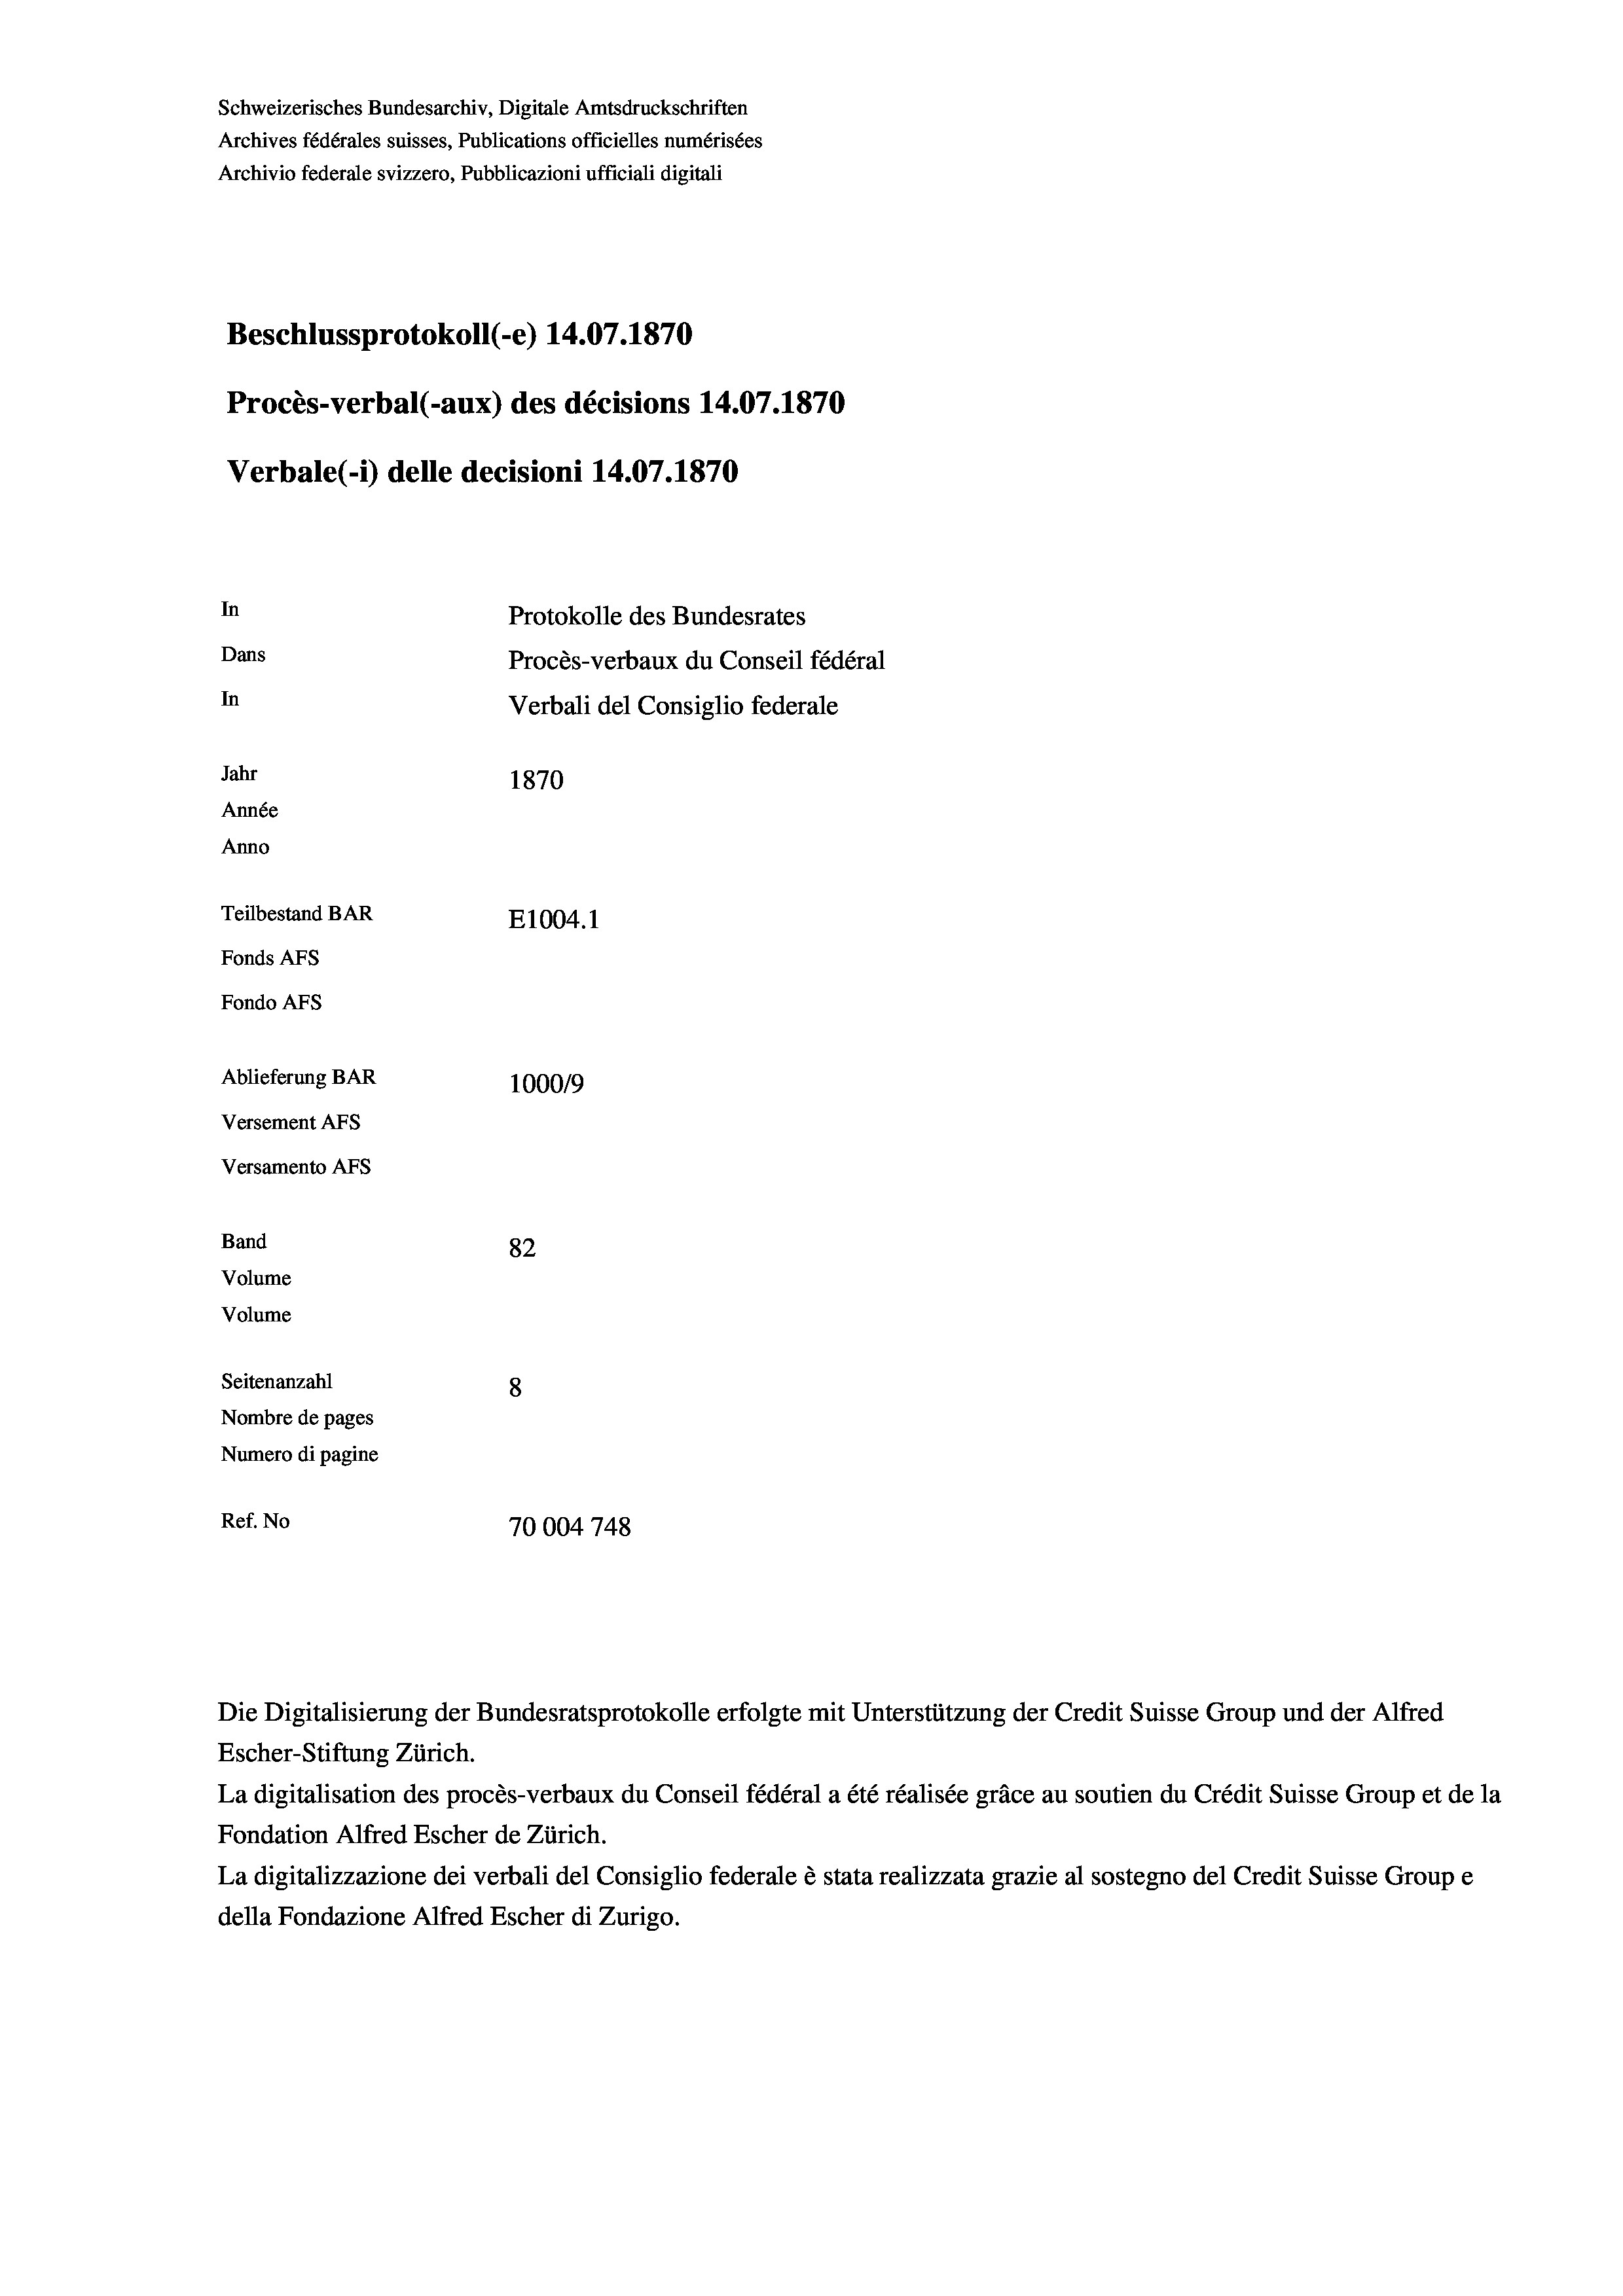
Schweizerisches Bundesarchiv, Digitale Amtsdruckschriften
Archives fédérales suisses, Publications officielles numérisées
Archivio federale svizzero, Pubblicazioni ufficiali digitali
Beschlussprotokoll (-e) 14.07. 1870
Procès-verbal (-aux) des décisions 14.07.1870
Verbale (i) delle decisioni 14.07.1870
In
Protokolle des Bundesrates
Dans
Procès-verbaux du Conseil fédéral
In
Verbali del Consiglio federale
Jahr
1870
Année
Anno
Teilbestand BAR
E1004.1
Fonds Afs
Fondo AFs
Ablieferung BAR
100019
Versement AFS
Versamento Afs

82
Seitenanzahl
8
Nombre de pages
Numero di pagine
Ref. No
70004 748

Band

Volume
Volume

Escher-Stiftung Zürich.
La digitalisation des procès-verbaux du Conseil fédéral a été réalisée gräce au soutien du Crédit Suisse Group et de la
Fondation Alfred Escher de Zürich.
La digitalizzazione dei verbali del Consiglio federale è stata realizzata grazie al sostegno del Credit Suisse Groupe
della Fondazione Alfred Escher di Zurigo.

Die Digitalisierung der Bundesratsprotokolle erfolgte mit Unterstützung der Credit Suisse Group und der Alfred